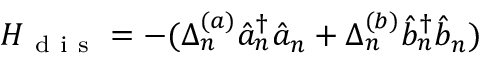
H _ { \mathrm { ~ d ~ i ~ s ~ } } = - ( \Delta _ { n } ^ { ( a ) } \hat { a } _ { n } ^ { \dagger } \hat { a } _ { n } + \Delta _ { n } ^ { ( b ) } \hat { b } _ { n } ^ { \dagger } \hat { b } _ { n } )